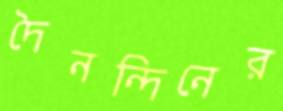
দৈনন্দিনের